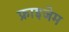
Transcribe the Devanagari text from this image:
फ्राइजेम